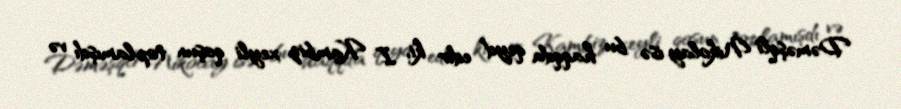
Dəməşqli Nikolay isə bu haqqda qeyd edir ki, I Kambiz xeyli qoşun toplamışdı və